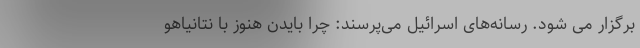
برگزار می شود. رسانه‌های اسرائیل می‌پرسند: چرا بایدن هنوز با نتانیاهو